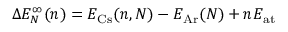
\Delta E _ { N } ^ { \infty } ( n ) = E _ { \mathrm { C s } } ( n , N ) - E _ { \mathrm { A r } } ( N ) + n E _ { \mathrm { a t } }